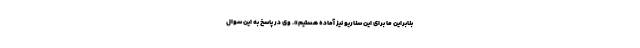
بنابراین ما برای این سناریو نیز آماده هستیم». وی در پاسخ به این سوال